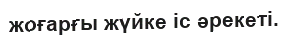
жоғарғы жүйке іс әрекеті.